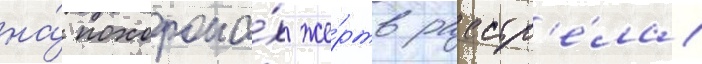
на́ похорона́х же́ртв расстр'е́ла